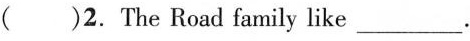
()2.The Road family like ___.